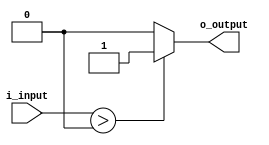
module voltage_level_shifter (
    input wire i_input,
    output wire o_output
);

// Logic to detect input voltage level and translate to appropriate output voltage level
assign o_output = (i_input > 0) ? 1'b1 : 1'b0; // Example logic, replace with actual level shifting code

endmodule